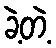
ခဲ့တဲ့